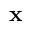
\textbf { x }